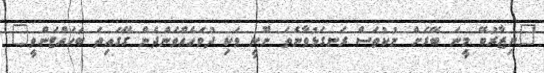
"ނިޒާރުބޭ މީނަ ބޭރަށް ނުކުތަސް ރަނގަޅުވާނެތަ ނޫނީ ވަކި ދުވަހެއްވަންދެން ގޭގައިތަ ބަހައްޓަންވީ"